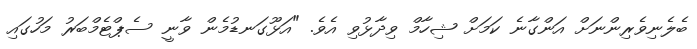
ބެލެނިވެރިންނަށް އަންގާނެ ކަމަށް ޝިހާމް ވިދާޅުވި އެވެ. "އަޅޫގަނޑުމެން ވާނީ ސެޕްޓެމްބަރު މަހުގައި